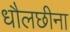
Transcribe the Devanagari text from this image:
धौलछीना